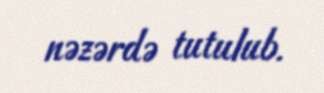
nəzərdə tutulub.